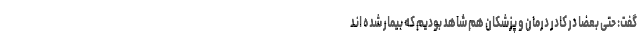
گفت: حتی بعضا در کادر درمان و پزشکان هم شاهد بودیم که بیمار شده اند